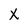
Character: X